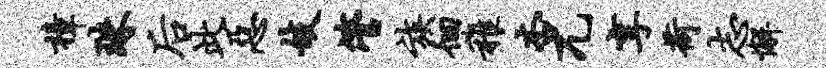
樟珠後此恶妓管族徊稚杏兀享荷志懈